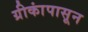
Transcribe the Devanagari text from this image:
ग्रीकांपासून